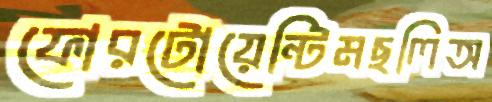
ফোরটোয়েন্টিমছলিঅ